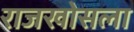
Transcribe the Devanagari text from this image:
राजखोसला